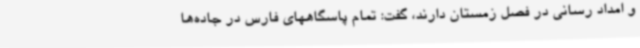
و امداد رسانی در فصل زمستان دارند، گفت: تمام پاسگاههای فارس در جاده‌ها